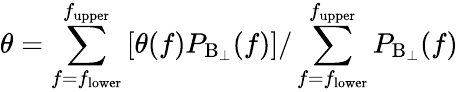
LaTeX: \theta=\sum_{f=f_{\mathrm{lower}}}^{f_{\mathrm{upper}}}\left[\theta(f)P_{\mathrm{B_{\perp}}}(f)\right]/\sum_{f=f_{\mathrm{lower}}}^{f_{\mathrm{upper}}}P_{\mathrm{B_{\perp}}}(f)